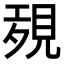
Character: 𧠱